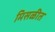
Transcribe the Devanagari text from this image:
मिसळीत